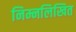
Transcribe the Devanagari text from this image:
निम्नलिखित